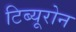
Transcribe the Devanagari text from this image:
टिब्यूरोन